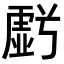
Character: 𮓩